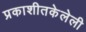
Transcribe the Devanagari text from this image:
प्रकाशीतकेलेली